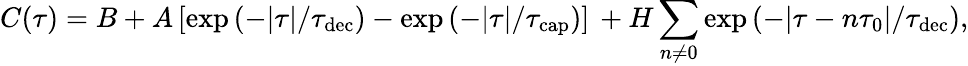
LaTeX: C(\tau)=B+A\left[\exp\left(-|\tau|/\tau_{\mathrm{dec}}\right)-\exp\left(-|\tau|/\tau_{\mathrm{cap}}\right)\right]\, +H\sum_{n\neq 0}\exp\left(-|\tau-n\tau_{0}|/\tau_{\mathrm{dec}}\right),